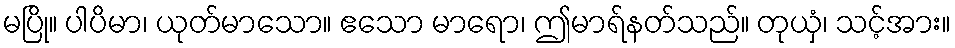
မပြို။ ပါပိမာ၊ ယုတ်မာသော။ ဧသော မာရော၊ ဤမာရ်နတ်သည်။ တုယှံ၊ သင့်အား။